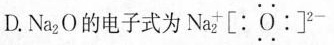
D.Na_{2}O的电子式为Na_{2}^{+}\left[ : \ddot{O}: \right] ^{2-}